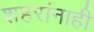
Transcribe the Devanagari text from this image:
शहरांनाही